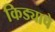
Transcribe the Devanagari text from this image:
किड्याचे